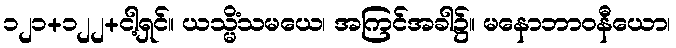
၁၂၁+၁၂၂+ငါ့ရှင်။ ယသ္မိံသမယေ၊ အကြင်အခါ၌။ မနောဘာဝနီယော၊